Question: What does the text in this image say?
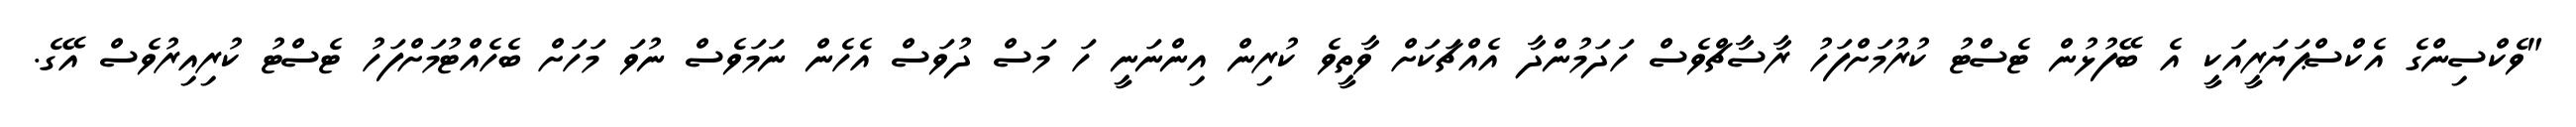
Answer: "ވެކްސިންގެ އެކްސްޕަޔަރީއަކީ އެ ބޭފުޅުން ޓެސްޓު ކުރުމަށްފަހު ރާސާޗްވެސް ހަދަމުންދާ އެއްޗަކަށް ވާތީވެ ކުރިން އިންނަނީ ހަ މަސް ދުވަސް އެހެން ނަމަވެސް ނުވަ މަހަށް ބެހެއްޓުމަށްފަހު ޓެސްޓު ކުރިއިރުވެސް އޭގެ.